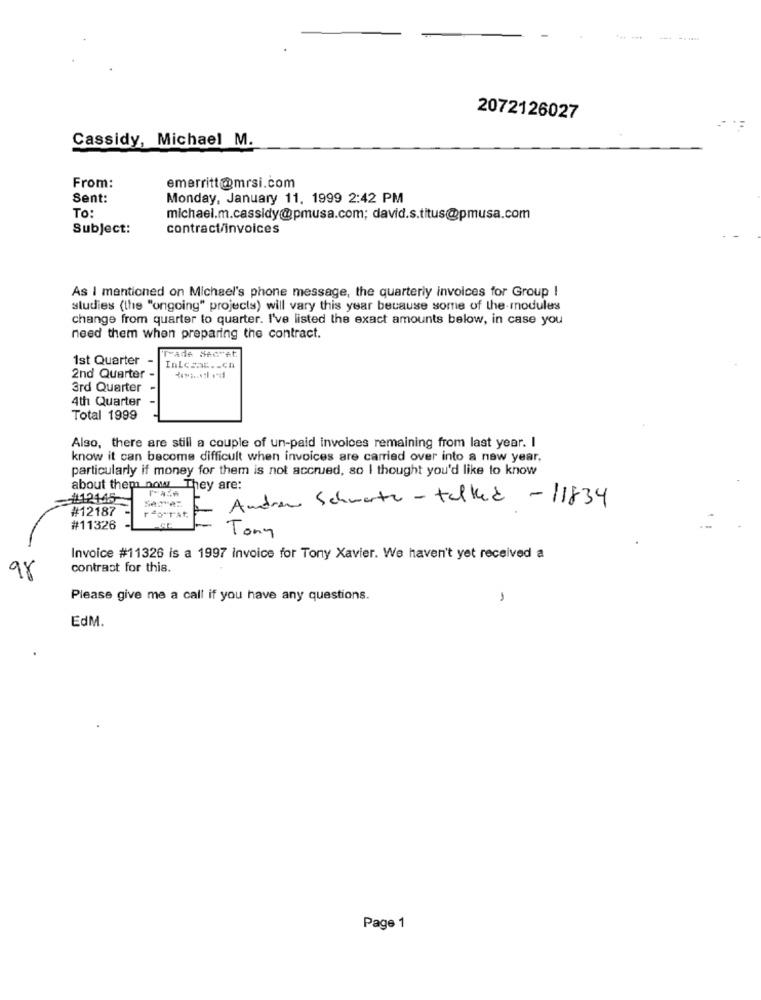
2072126027
Cassidy, Michael M.
From:
emerritt@mrsi.com
Sent:
Monday, January 11, 1999 2:42 PM
To:
michael.m.cassidy@pmusa.com; david.s.titus@pmusa.com
Subject:
contract/invoices
As I mentioned on Michael's phone message, the quarterly invoices for Group I
studies (the "ongoing" projects) will vary this year because some of the modules
change from quarter to quarter. I've listed the exact amounts below, in case you
need them when preparing the contract.
1st Quarter -
Tvade Secret.
Inlcsat .- ch
2nd Quarter -
3rd Quarter
4th Quarter
Total 1999
Also, there are still a couple of un-paid invoices remaining from last year. I
know it can become difficult when invoices are carried over into a new year,
particularly if money for them is not accrued, so I thought you'd like to know
about them now They are:
1112145
Sere:
Andrew Schwerte - talked - 11834
#12187
rfo Tat,
#11326
Tony
Invoice #11326 is a 1997 Invoice for Tony Xavier. We haven't yet received a
contract for this.
Please give me a call if you have any questions.
-
EdM.
Page 1